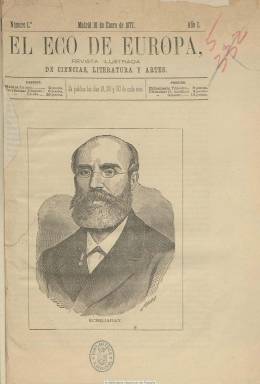
Título: Eco de Europa
Colección: Cultura
Ámbito geográfico: Madrid
Lugar de publicación: Madrid
Fechas: 10/01/1877-20/05/1877

Como “revista ilustrada de ciencias, literatura y artes”, intentará cubrir un hueco entre otras publicaciones que, con igual carácter cultural, vienen publicándose en Madrid, como son Revista de España (1868-1895), Revista Europea (1874-1880) o Revista contemporánea (1875-1907). Sin embargo, su fracaso en mantenerse se torna determinante, pues comienza a publicarse el 10 de enero de 1877 para desaparecer el 30 de mayo del mismo año, después de haber publicado sólo quince entregas, con periodicidad decenal (Cazottes, 1982). Aparece los días 10, 20 y 30 de cada mes, en números de 16 páginas y con paginación continuada, incluyendo un par de grabados de gran formato en cada entrega, a veces ocupando uno su portada, de retratos de escritores, como el de José Echegaray o el de Gertrudis Gómez de Avellaneda y Sabater, sobre los que publicará un estudio biográfico, así como vistas de monumentos de ciudades europeas, y algunos de tipos costumbristas.

Se muestra totalmente ajena a publicar trabajos literarios o de cualquier tipo que rocen en nada con la religión y la política, y ello hace que abandone –a partir del tercer número- su jefatura de redacción el médico y publicista de la revolución septembrina y autor de unos Estudios críticos sobre el Fausto de Goethe,  Mariano Calavia. Dividirá cada entrega en una primera parte doctrinal de ciencia o arte, dedicando especialmente atención a los estudios sobre teatro; una segunda, de textos de creación literaria en prosa (algunos son traducciones del alemán o del griego clásico) y en verso, y una tercera para crónica e información cultural de actualidad.

Se estructura en muy diversas secciones, con una crónica teatral (firmada por Mefistófeles), otra extranjera (bajo la firma de Rousset y Edelsdorf), que a veces ocupará la primera parte de la publicación; otra sobre salones, especie de notas de sociedad de conciertos musicales o bailes (firmada por Fakir), así como una revista musical, una galería de mujeres ilustres (comenzando con Semíramis), bibliografía u otra que titula Cabos sueltos o ecos, que son breves noticias o comentarios sobre la actualidad cultural tanto de Madrid, como de provincias y del extranjero. Publica también una crónica sobre la Academia de la Lengua o un estudio biográfico sobre el compositor Daniel Françoise Esprit-Auber (1782-1871) o sobre la ya citada Gertrudis Gómez de Avellaneda (1814-1873).

Las firmas que aparecen bajo sus textos son abundantes. Entre ellas aparecen las de poetisas y escritoras como Concepción de Estevarena, Ángela Grassi, Josefa Pujol de Collado, Joaquina Balmaseda o Cipriana de la Torre. Entre las de los varones, aparecen las de Ricardo Blanco Asenjo (que escribe un ensayo crítico sobre Shakespeare y Calderón), José Sánchez Arjona, Carlos Peñaranda, José Gutiérrez de Vega, Ventura Ruiz Aguilera, Julián Arbulo, Eusebio A. Escobar, Carlos Vieyra de Abreu, Rodrigo Amador de los Ríos (que escribe unos recuerdos granadinos), Manuel de Palacio, Leopoldo Augusto de Cueto, José Selgas, Juan Tomás Salvany, Miguel Sánchez Pesquera o Francisco Rodríguez Marín. En sus primeros números aparece también la firma de J. Martos J., sin que se pueda saber si este llegó a dirigir la revista. Pretendió que todos sus contenidos fueran originales.